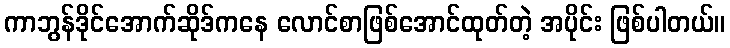
ကာဘွန်ဒိုင်အောက်ဆိုဒ်ကနေ လောင်စာဖြစ်အောင်ထုတ်တဲ့ အပိုင်း ဖြစ်ပါတယ်။